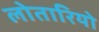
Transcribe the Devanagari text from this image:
लोतारियो